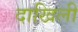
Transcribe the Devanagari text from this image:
दाखिली